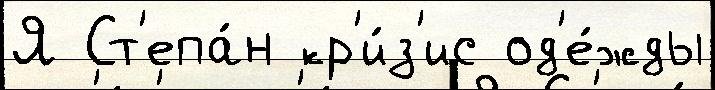
Я Ст'епа́н кр'и́з'ис од'е́жды